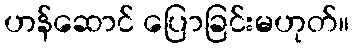
ဟန်ဆောင် ပြောခြင်းမဟုတ်။